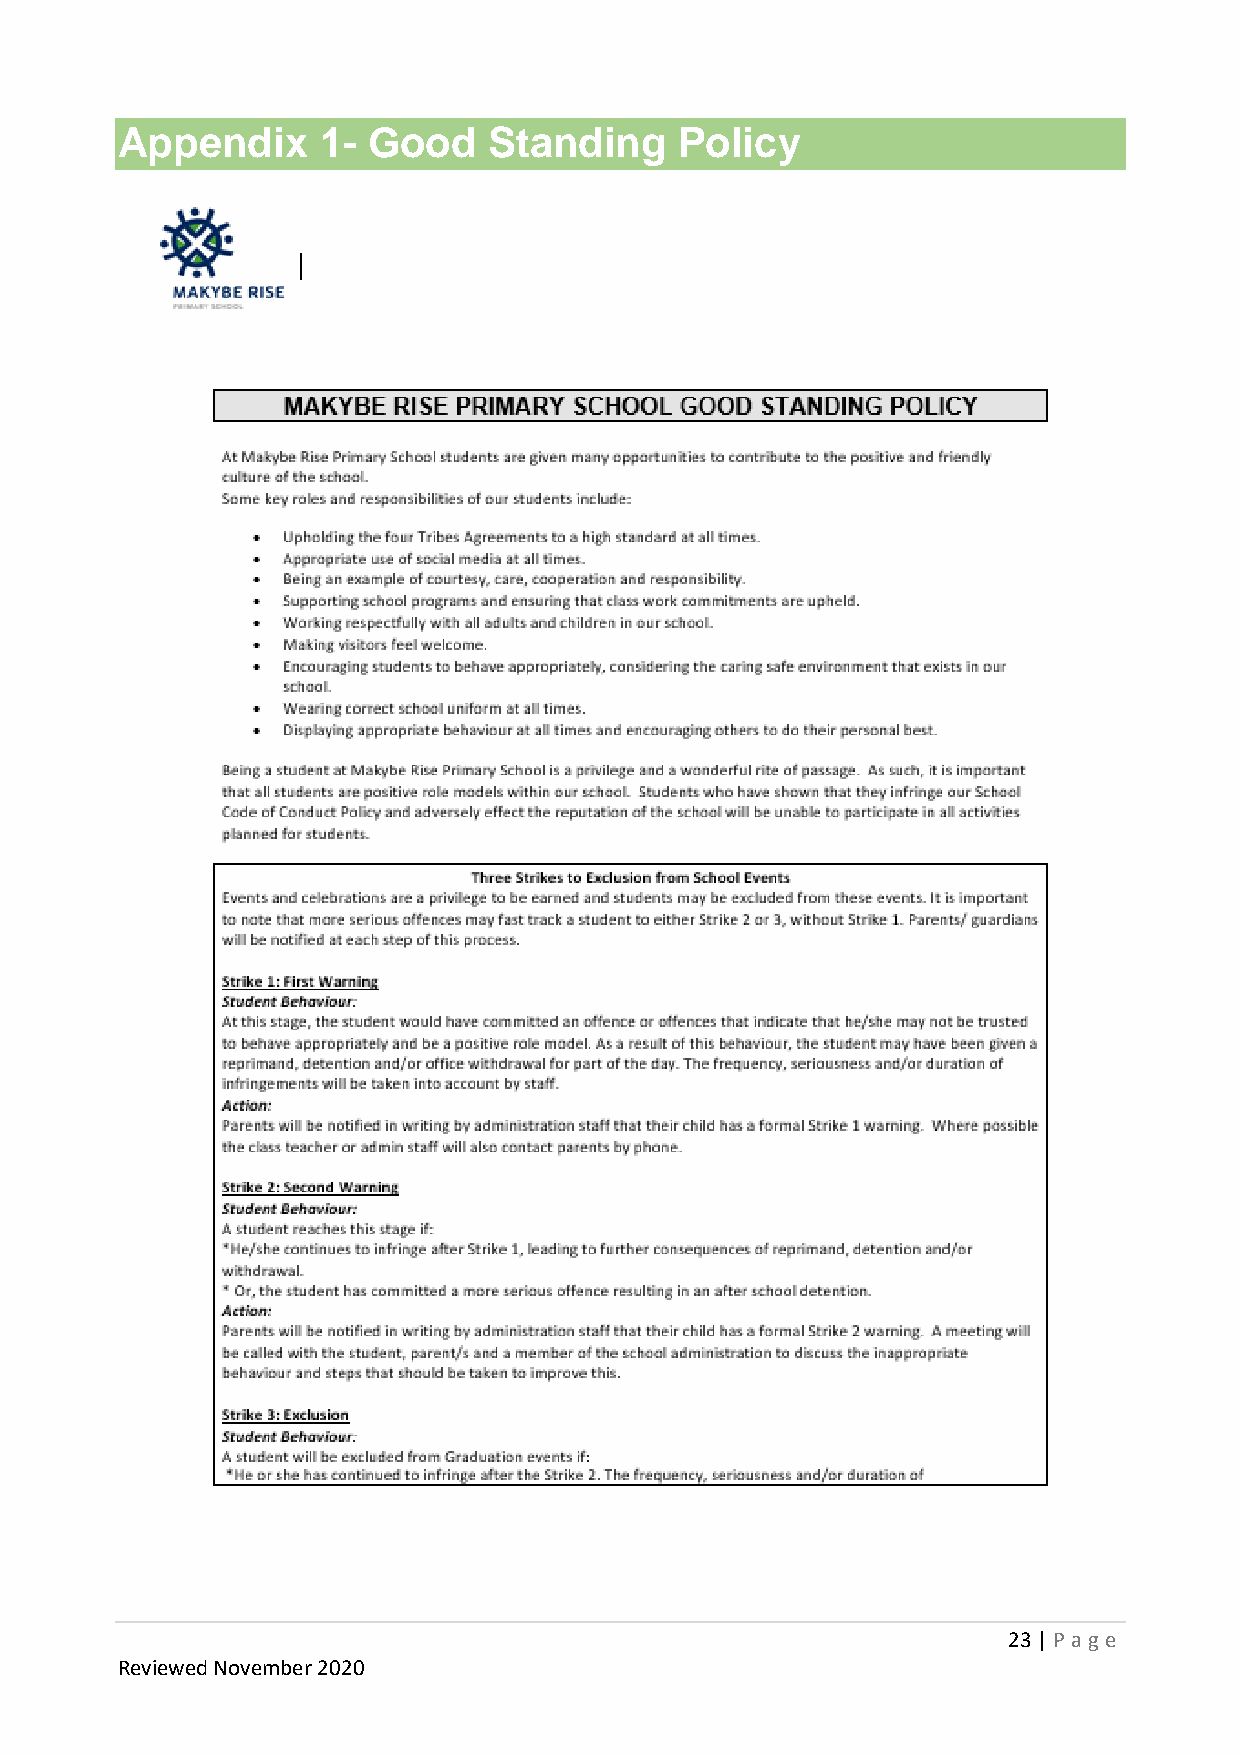
Appendix     1- Good    Standing     Policy
 23 | P age
 Reviewed November 2020